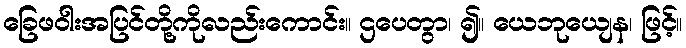
ခြေဖဝါးအပြင်တို့ကိုလည်းကောင်း။ ဌပေတွာ၊ ၍။ ယေဘုယျေန၊ ဖြင့်။